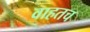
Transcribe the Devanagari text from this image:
वाहतच